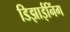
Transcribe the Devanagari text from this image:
डिझाईनिंग